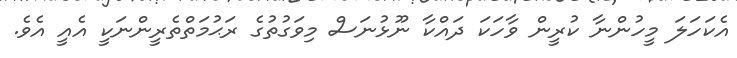
އެކަހަލަ މީހުންނާ ކުރީން ވާހަކަ ދައްކާ ނޫޅުނަސް މިވަގުތުގެ ރަޙުމަތްތެރީންނަކީ އެއީ އެވެ.